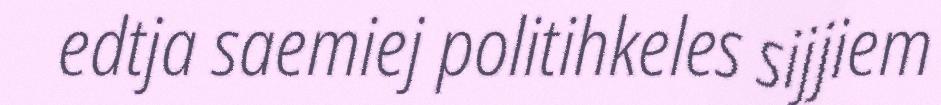
edtja saemiej politihkeles sijjiem